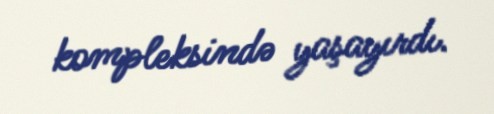
kompleksində yaşayırdı.